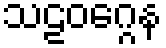
သဠဝဂ္ဂေန